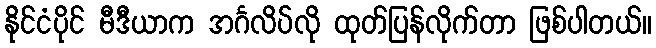
နိုင်ငံပိုင် မီဒီယာက အင်္ဂလိပ်လို ထုတ်ပြန်လိုက်တာ ဖြစ်ပါတယ်။